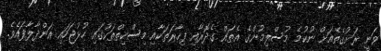
ވަނީ ރަށުގެތެއަށް ނުކުމެ މުސްލިމުންގެ އެތައް ގެދޮރާއި ފިހާރަތަކާއި މިސްކިތްތަކުގައި ހުޅުޖަހައި އަންދާލާފައެވެ.